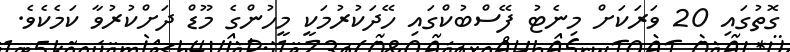
ގޮތުގައި 20 ވަރަކަށް މިނެޓު ފޭސްބުކްގައި ހޭދަކުރުމަކީ މީހުންގެ މޫޑް ދަށްކުރުވާ ކަމެކެވެ.